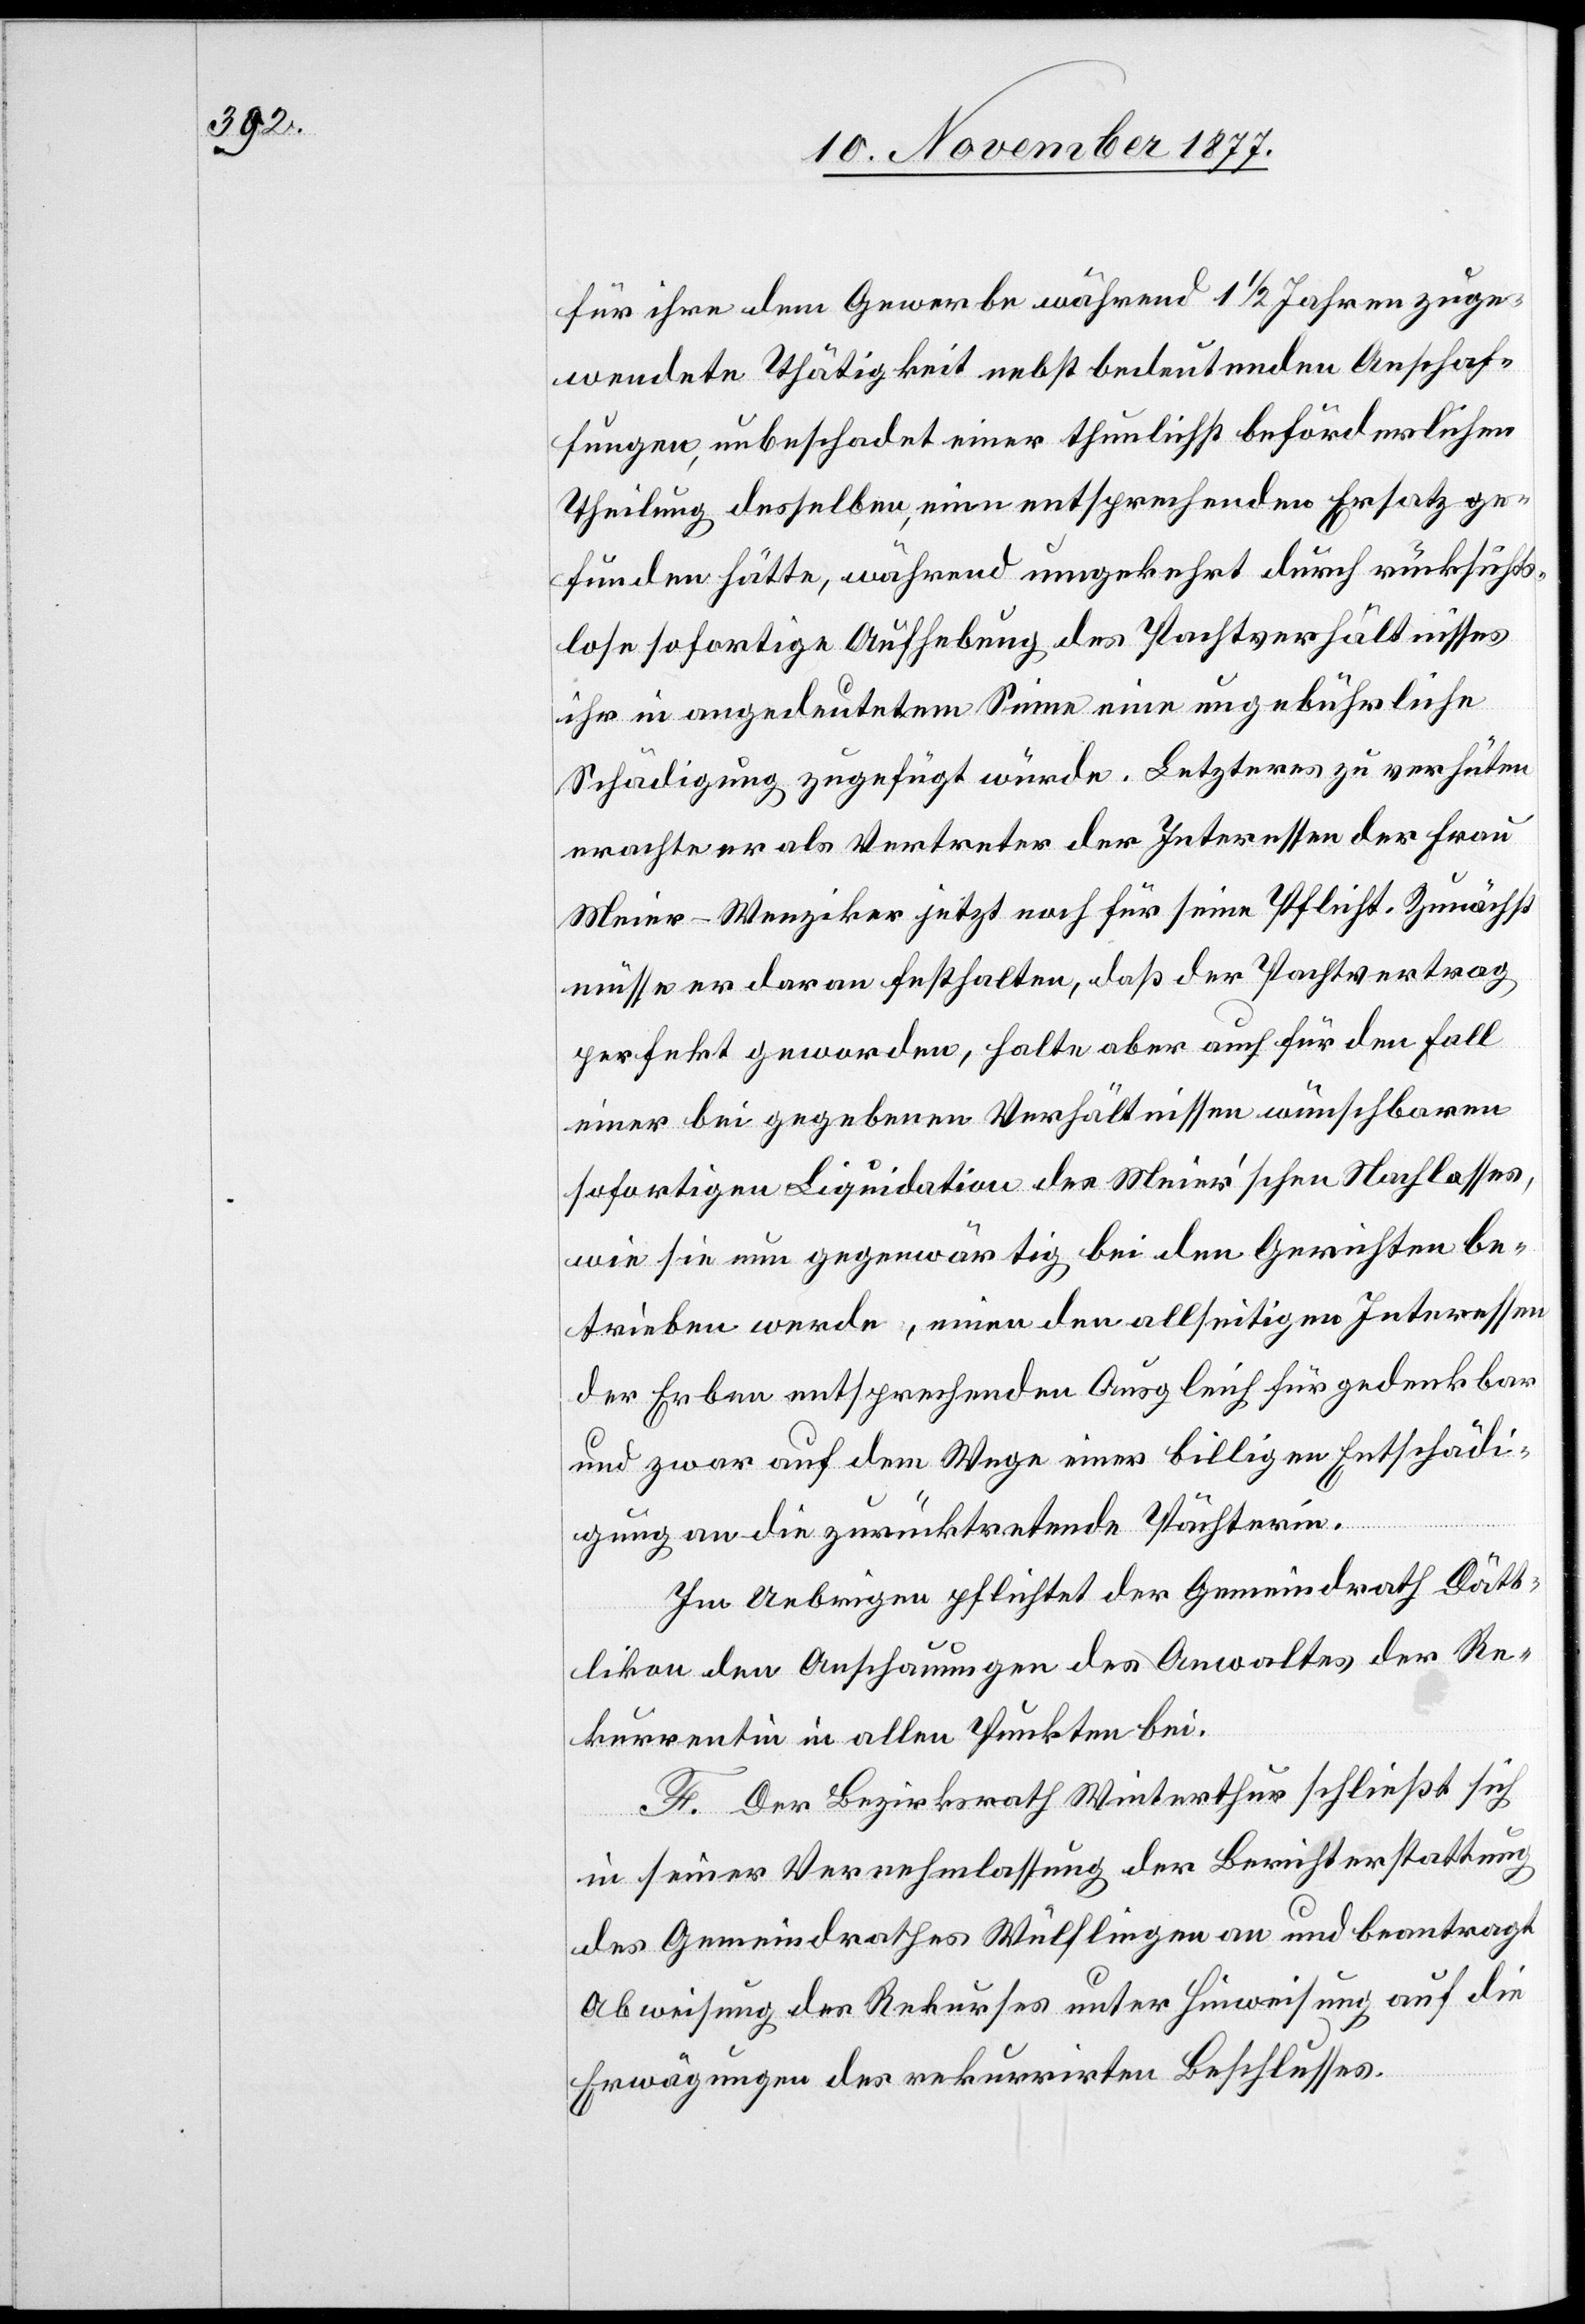
für ihre dem Gewerbe während 1 1/2 Jahren zuge¬
wendete Thätigkeit nebst bedeutenden Anschaf¬
fungen, unbeschadet einer thunlichst beförderlichen
Theilung desselben, ein[e]n entsprechenden Ersatz ge¬
funden hätte, während umgekehrt durch rücksichts¬
lose sofortige Aufhebung des Pachtverhältnisses
ihr in angedeutetem Sinne eine ungebührliche
Schädigung zugefügt würde. Letzteres zu verhüten
erachte er als Vertreter der Interessen der Frau
Meier-Wenziker jetzt noch für seine Pflicht. Zunächst
müsse er daran festhalten, daß der Pachtvertrag
perfekt geworden, halte aber auch für den Fall
einer bei gegebenen Verhältnissen wünschbaren
sofortigen Liquidation des Meier’schen Nachlasses,.
wie sie nun gegenwärtig bei den Gerichten be¬
trieben werde, einen den allseitigen Interessen
der Erben entsprechenden Ausgleich für gedenkbar
und zwar auf dem Wege einer billigen Entschädi¬
gung an die zurücktretende Pächterin.
Im Uebrigen pflichtet der Gemeindrath Dätt¬
likon den Anschauungen des Anwaltes der Re¬
kurrentin in allen Punkten bei.
F. Der Bezirksrath Winterthur schließt sich
in seiner Vernehmlassung der Berichterstattung
des Gemeindrathes Wülflingen an und beantragt
Abweisung des Rekurses unter Hinweisung auf die
Erwägungen des rekurrirten Beschlusses.